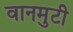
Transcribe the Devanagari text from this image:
वानमुटी